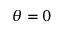
\theta = 0